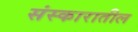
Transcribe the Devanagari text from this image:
संस्कारातील